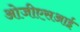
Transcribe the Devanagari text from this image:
ओजीएसआई